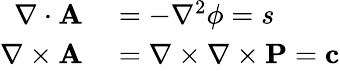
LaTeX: \begin{array}{rl}{\nabla\cdot\mathbf{A}}&{{}=-\nabla^{2}\phi=s}\\ {\nabla\times\mathbf{A}}&{{}=\nabla\times\nabla\times\mathbf{P}=\mathbf{c}}\end{array}